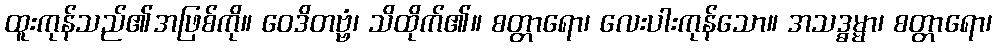
ထူးကုန်သည်၏အဖြစ်ကို။ ဝေဒိတဗ္ဗံ၊ သိထိုက်၏။ စတ္တာရော၊ လေးပါးကုန်သော။ အသဒ္ဓမ္မာ၊ စတ္တာရော၊